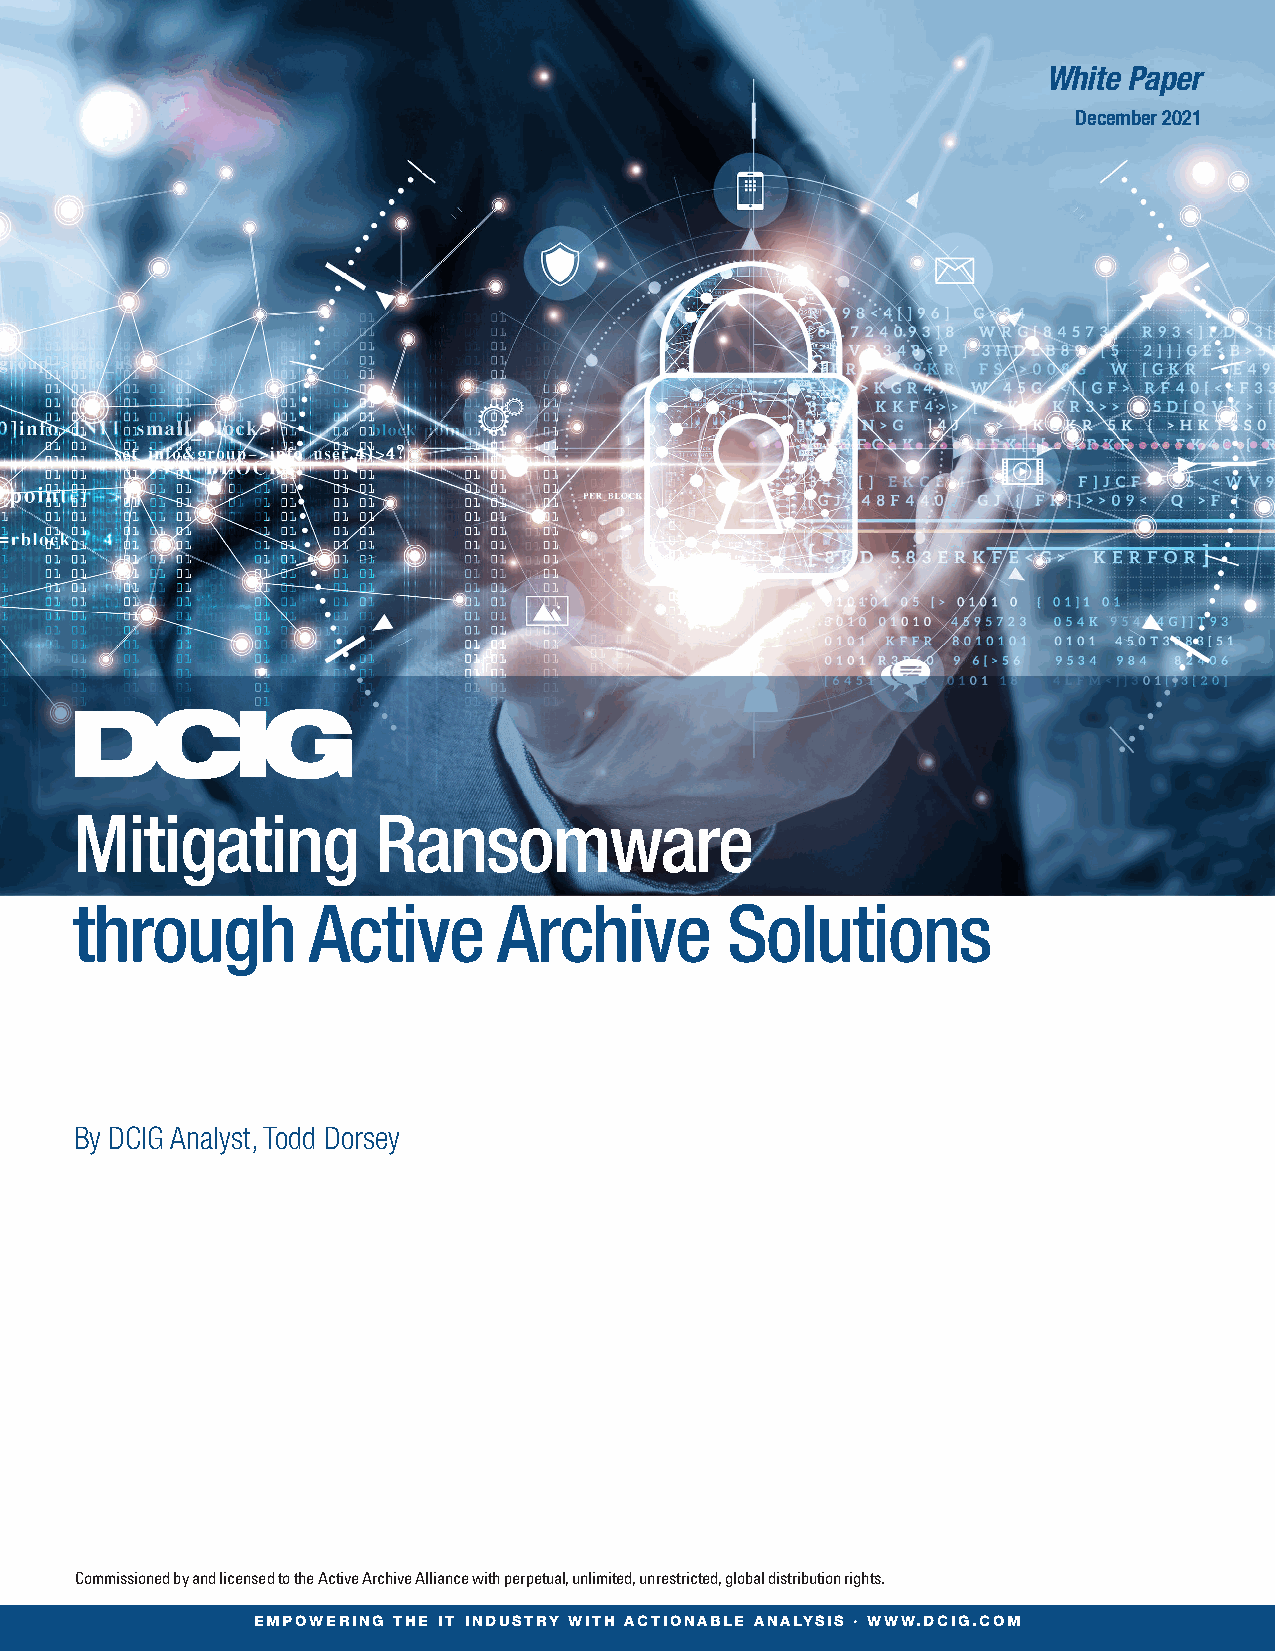
White Paper
 December 2021
 Mitigating          Ransomware
 through        Active       Archive        Solutions
 By DCIG Analyst, Todd Dorsey
 Commissioned by and licensed to the Active Archive Alliance with perpetual, unlimited, unrestricted, global distribution rights.
 EMPOWERING THE IT INDUSTRY WITH ACTIONABLE ANALYSIS · WWW.DCIG.COM